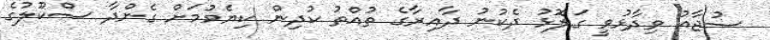
ސުޖާއު ވިދާޅުވީ ގަލޮޅު ދެކުނު ދާއިރާގެ ތުއްތު ކުދިން ކިޔެވުމަށް ގެންދާ ސްކޫލުގެ